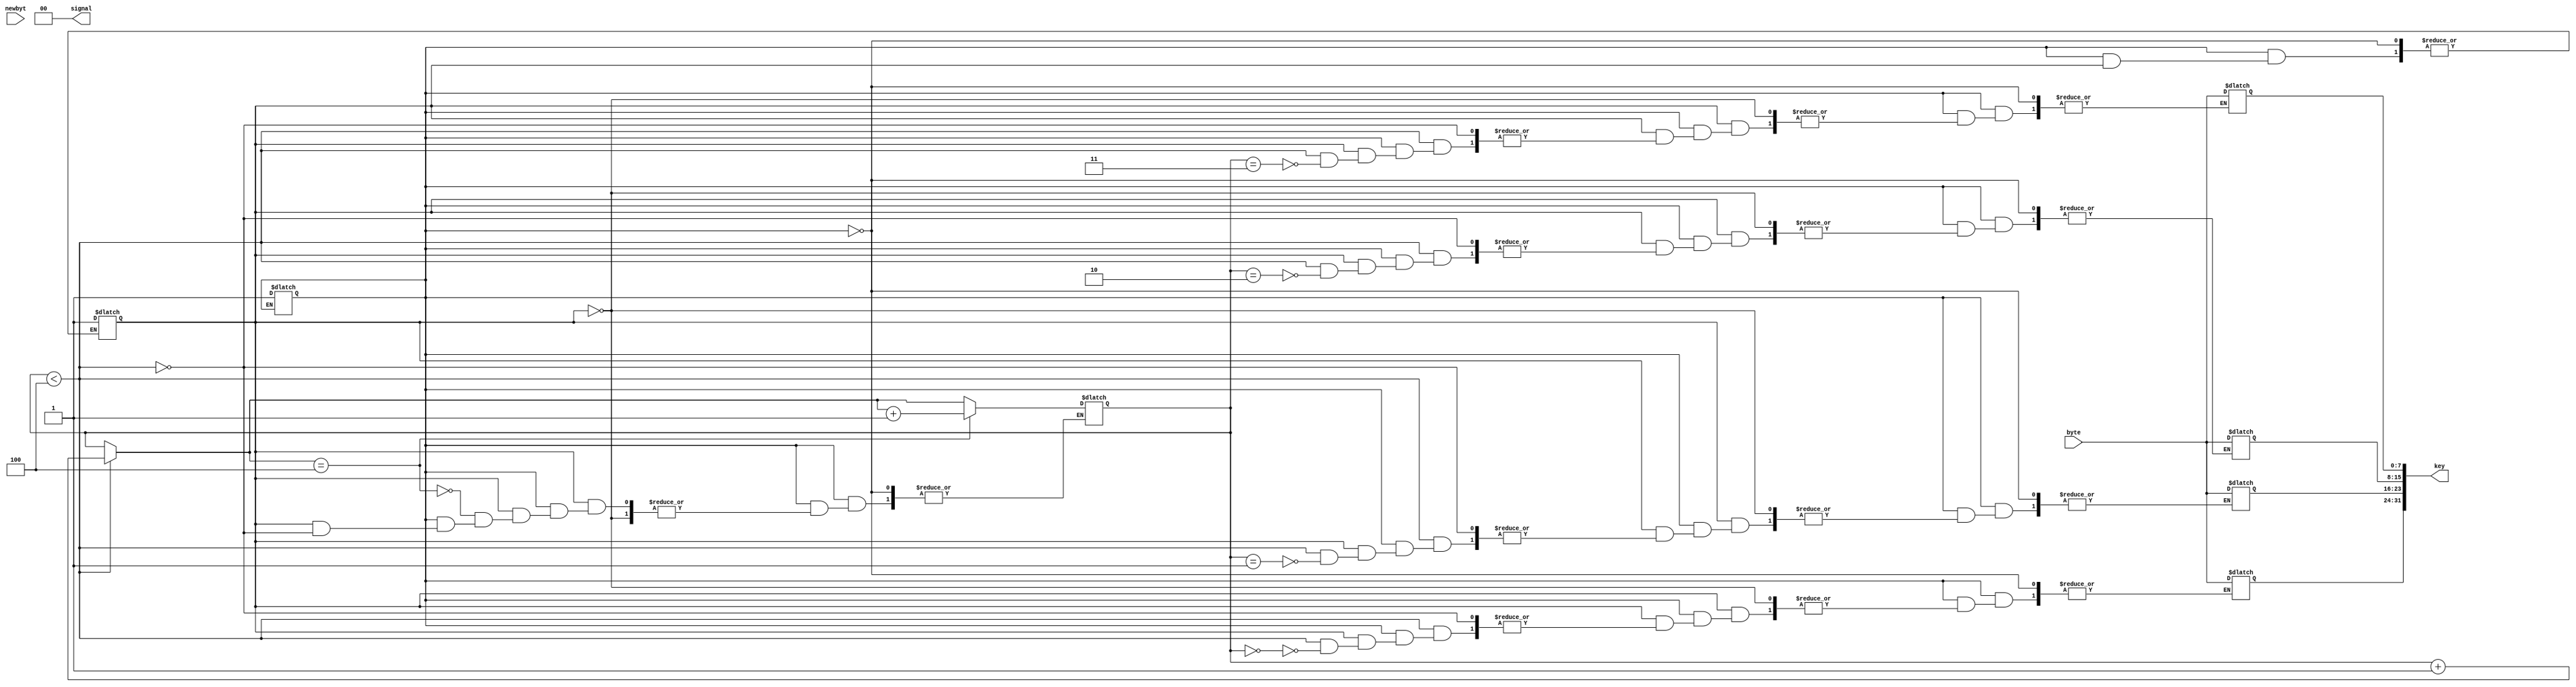
module refer (
    input [7:0] byte,
    input newbyt,
    output reg [1:0] signal,
    output reg [31:0] key
);

    reg init1 = 0;
    reg [7:0] packet [11:0];
    reg [3:0] i;
    reg trigger;
    reg init2 = 0;
    reg init3 = 0;
    
    initial begin
        init1 = 0;
        i = 0;
        init2 = 0;
        init3 = 0;
    end

    always@(newbyt) begin
        if(init1 == 0) begin
            init1 = 1;
        end else begin
            if(init2 == 0) begin
                init2 = 1;
            end
            else begin
                //if(init3 == 0) begin
                //    init3 = 1;
                //end
            //$display("refer");
                //else begin
                    if(i < 4) begin
                        //$display("byte %d", byte);
                        //$display("i %d", i);
                        packet[i] = byte;
                        //$display("%d", packet[i]);
                        i = i+1;
                        //$display("%d, new i", i);
                        //$display("I reach here");
                        //$display("%d", packet[i]);
                    end
                    if(i == 4) begin
                        //$display("do i reach here?");
                        trigger = 1;
                        i = i+1;
                    end
                //end
            end
        end
    end

    always@(trigger) begin
        signal= 0;
        key[31:24] = packet[0];
        key[23:16] = packet[1];
        key[15:8] = packet[2];
        key[7:0] = packet[3];
        $display("Referring %d", key);
        //$display("%d", key);
    end

endmodule